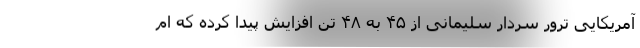
آمریکایی ترور سردار سلیمانی از ۴۵ به ۴۸ تن افزایش پیدا کرده که ام